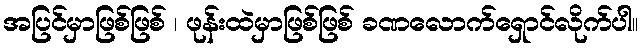
အပြင်မှာဖြစ်ဖြစ် ၊ ဖုန်းထဲမှာဖြစ်ဖြစ် ခဏလောက်ရှောင်လိုက်ပါ။